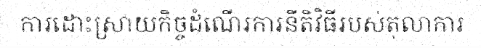
ការដោះស្រាយកិច្ចដំណើរការនីតិវិធីរបស់តុលាការ